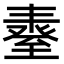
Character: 𦥆